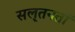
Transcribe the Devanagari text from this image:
सल़्तनतों